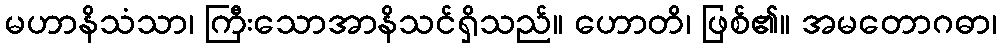
မဟာနိသံသာ၊ ကြီးသောအာနိသင်ရှိသည်။ ဟောတိ၊ ဖြစ်၏။ အမတောဂဓာ၊